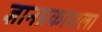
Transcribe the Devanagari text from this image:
ज्ञानप्रकाशला